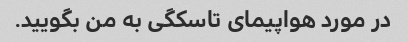
در مورد هواپیمای تاسکگی به من بگویید.